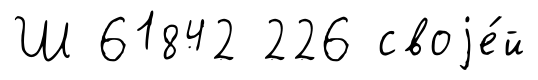
Ш 61842 226 своjе́й